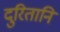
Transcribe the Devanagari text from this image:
दुरितानि